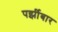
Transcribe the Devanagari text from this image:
पर्झीबार